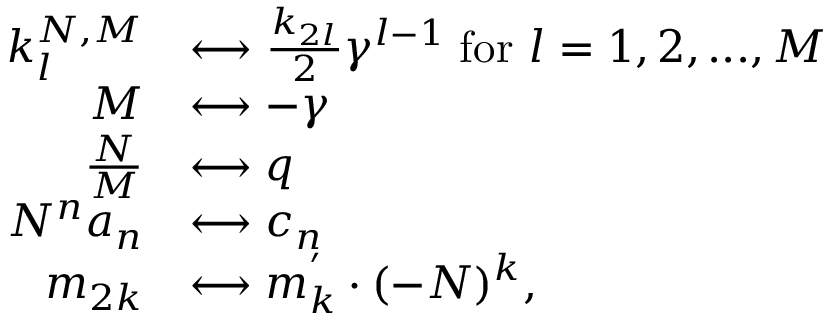
\begin{array} { r l } { k _ { l } ^ { N , M } } & { \longleftrightarrow \frac { k _ { 2 l } } { 2 } \gamma ^ { l - 1 } \; \mathrm { f o r } \ l = 1 , 2 , . . . , M } \\ { M } & { \longleftrightarrow - \gamma } \\ { \frac { N } { M } } & { \longleftrightarrow q } \\ { N ^ { n } a _ { n } } & { \longleftrightarrow c _ { n } } \\ { m _ { 2 k } } & { \longleftrightarrow m _ { k } ^ { ' } \cdot ( - N ) ^ { k } , } \end{array}